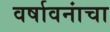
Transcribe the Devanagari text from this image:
वर्षावनांचा